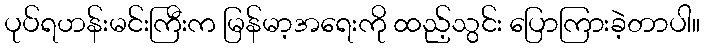
ပုပ်ရဟန်းမင်းကြီးက မြန်မာ့အရေးကို ထည့်သွင်း ပြောကြားခဲ့တာပါ။